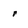
Character: r